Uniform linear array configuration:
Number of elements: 12
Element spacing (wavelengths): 0.5
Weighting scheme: exponential
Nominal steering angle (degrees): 0
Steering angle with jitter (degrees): -1.487
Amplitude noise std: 0.05
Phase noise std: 0.05

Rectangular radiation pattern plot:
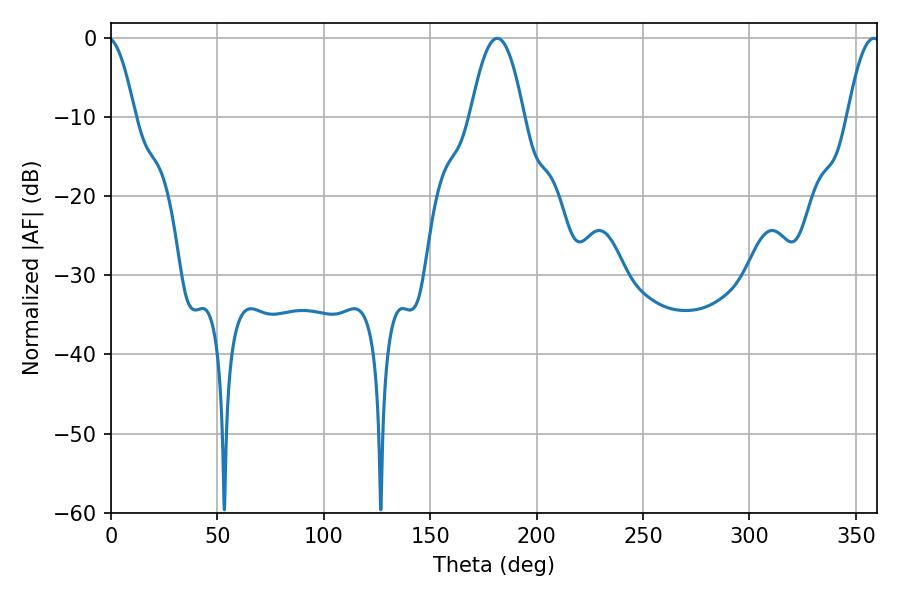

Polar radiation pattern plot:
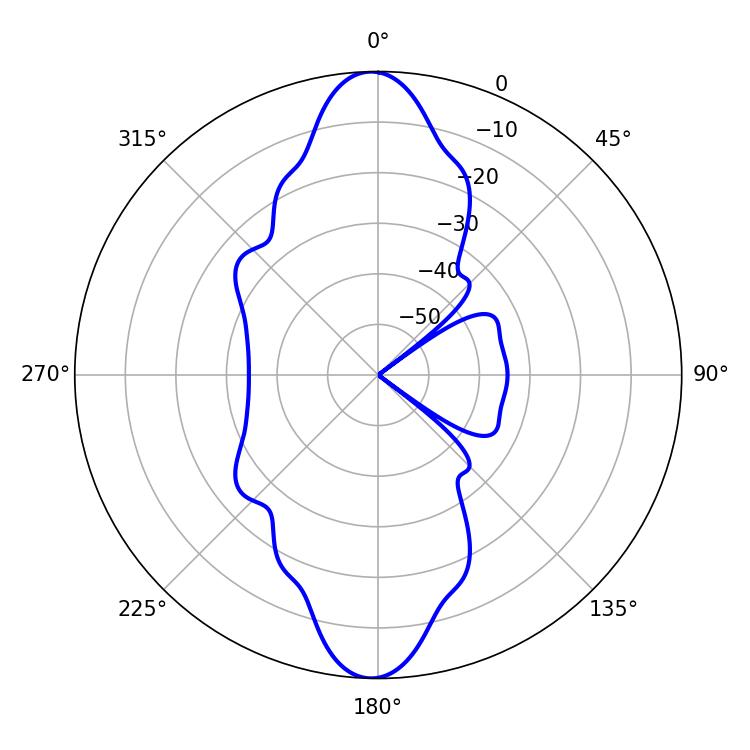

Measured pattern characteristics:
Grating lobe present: FALSE
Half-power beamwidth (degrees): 13.68
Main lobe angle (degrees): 181.44